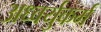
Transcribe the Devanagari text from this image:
अध्वर्युकर्म